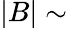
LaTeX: |B|\sim